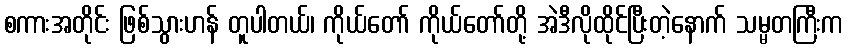
စကားအတိုင်း ဖြစ်သွားဟန် တူပါတယ်၊ ကိုယ်တော် ကိုယ်တော်တို့ အဲဒီလိုထိုင်ပြီးတဲ့နောက် သမ္မတကြီးက